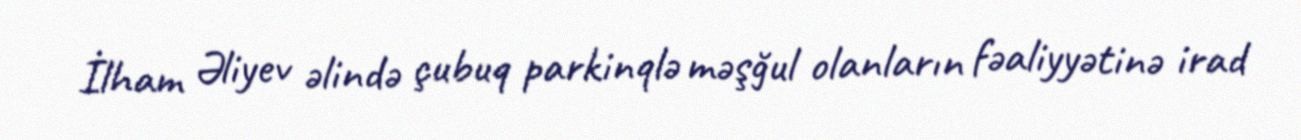
İlham Əliyev əlində çubuq parkinqlə məşğul olanların fəaliyyətinə irad